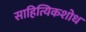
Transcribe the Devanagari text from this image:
साहित्यिकशोध